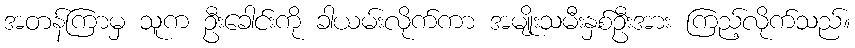
အတန်ကြာမှ သူက ဦးခေါင်းကို ခါယမ်းလိုက်ကာ အမျိုးသမီးနှစ်ဦးအား ကြည့်လိုက်သည်။